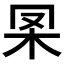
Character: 𣏷